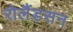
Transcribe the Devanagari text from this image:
रोलैंडसन